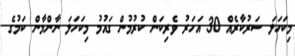
މިކަހަލަ ސަރުކާރެއް 30 އަހަރު ވެރިކަން ކުރުމުން ގައުމު މިކަހަލަ ނާންމާން ކަމުގެ